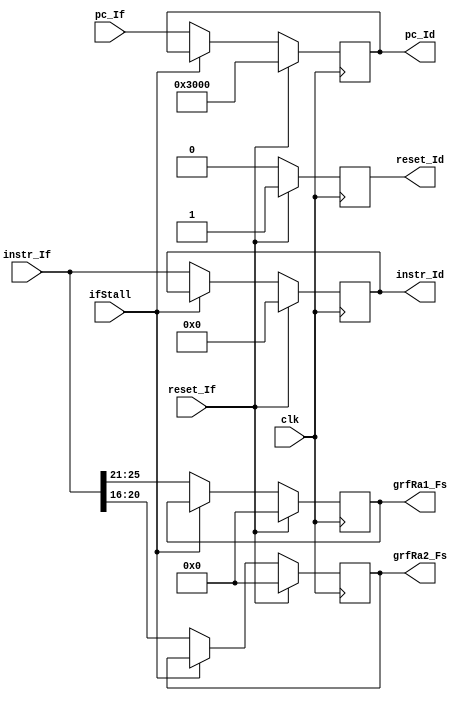
`timescale 1ns / 1ps
//////////////////////////////////////////////////////////////////////////////////
// Company: 
// Engineer: 
// 
// Design Name: 
// Module Name:    IfId 
// Project Name: 
// Target Devices: 
// Tool versions: 
// Description: 
//
// Dependencies: 
//
// Revision: 
// Revision 0.01 - File Created
// Additional Comments: 
//
//////////////////////////////////////////////////////////////////////////////////
module IfId(
	input clk,
	input reset_If,
	input ifStall,
	input [31:0]pc_If,
	input [31:0]instr_If,
	
	output reg reset_Id,
	output reg [31:0]pc_Id,
	output reg [31:0]instr_Id,
	output reg [4:0]grfRa1_Fs,
	output reg [4:0]grfRa2_Fs
    );

	initial begin
		reset_Id <= 0;
		pc_Id <= 32'h00003000;
		instr_Id <= 0;
		grfRa1_Fs <= 0;
		grfRa2_Fs <= 0;
	end
	
	always@(posedge clk)begin
		if(reset_If)begin
			reset_Id <= 1;
			pc_Id <= 32'h00003000;
			instr_Id <= 0;
			grfRa1_Fs <= 0;
			grfRa2_Fs <= 0;
		end
		else begin
			reset_Id <= 0;
			if(ifStall == 0)begin
				pc_Id <= pc_If;
				instr_Id <= instr_If;
				grfRa1_Fs <= instr_If[25:21];
				grfRa2_Fs <= instr_If[20:16];
			end
		end
	end	

endmodule